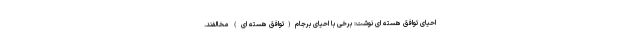
احیای توافق هسته ای نوشت: برخی با احیای برجام(توافق هسته ای) مخالفند.